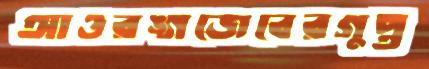
আওরঙ্গজেবেরগুপ্ত